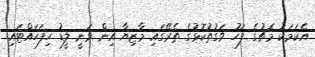
އެކަމަކު މެޗުގެ ފަހު ވަގުތުކޮޅުގެ ތެރޭގައި މާޒިޔާ އިން ވަނީ ލީޑު ހިފަހައްޓައި